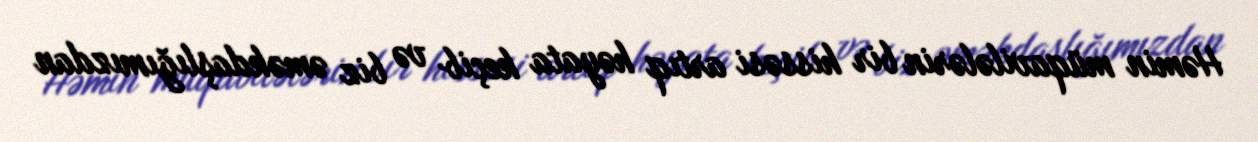
Həmin müqavilələrin bir hissəsi artıq həyata keçib və biz əməkdaşlığımızdan